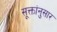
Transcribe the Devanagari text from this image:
सूक्तांनुसार